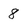
Character: 8